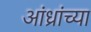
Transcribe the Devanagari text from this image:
आंध्रांच्या